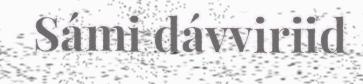
Sámi dávviriid